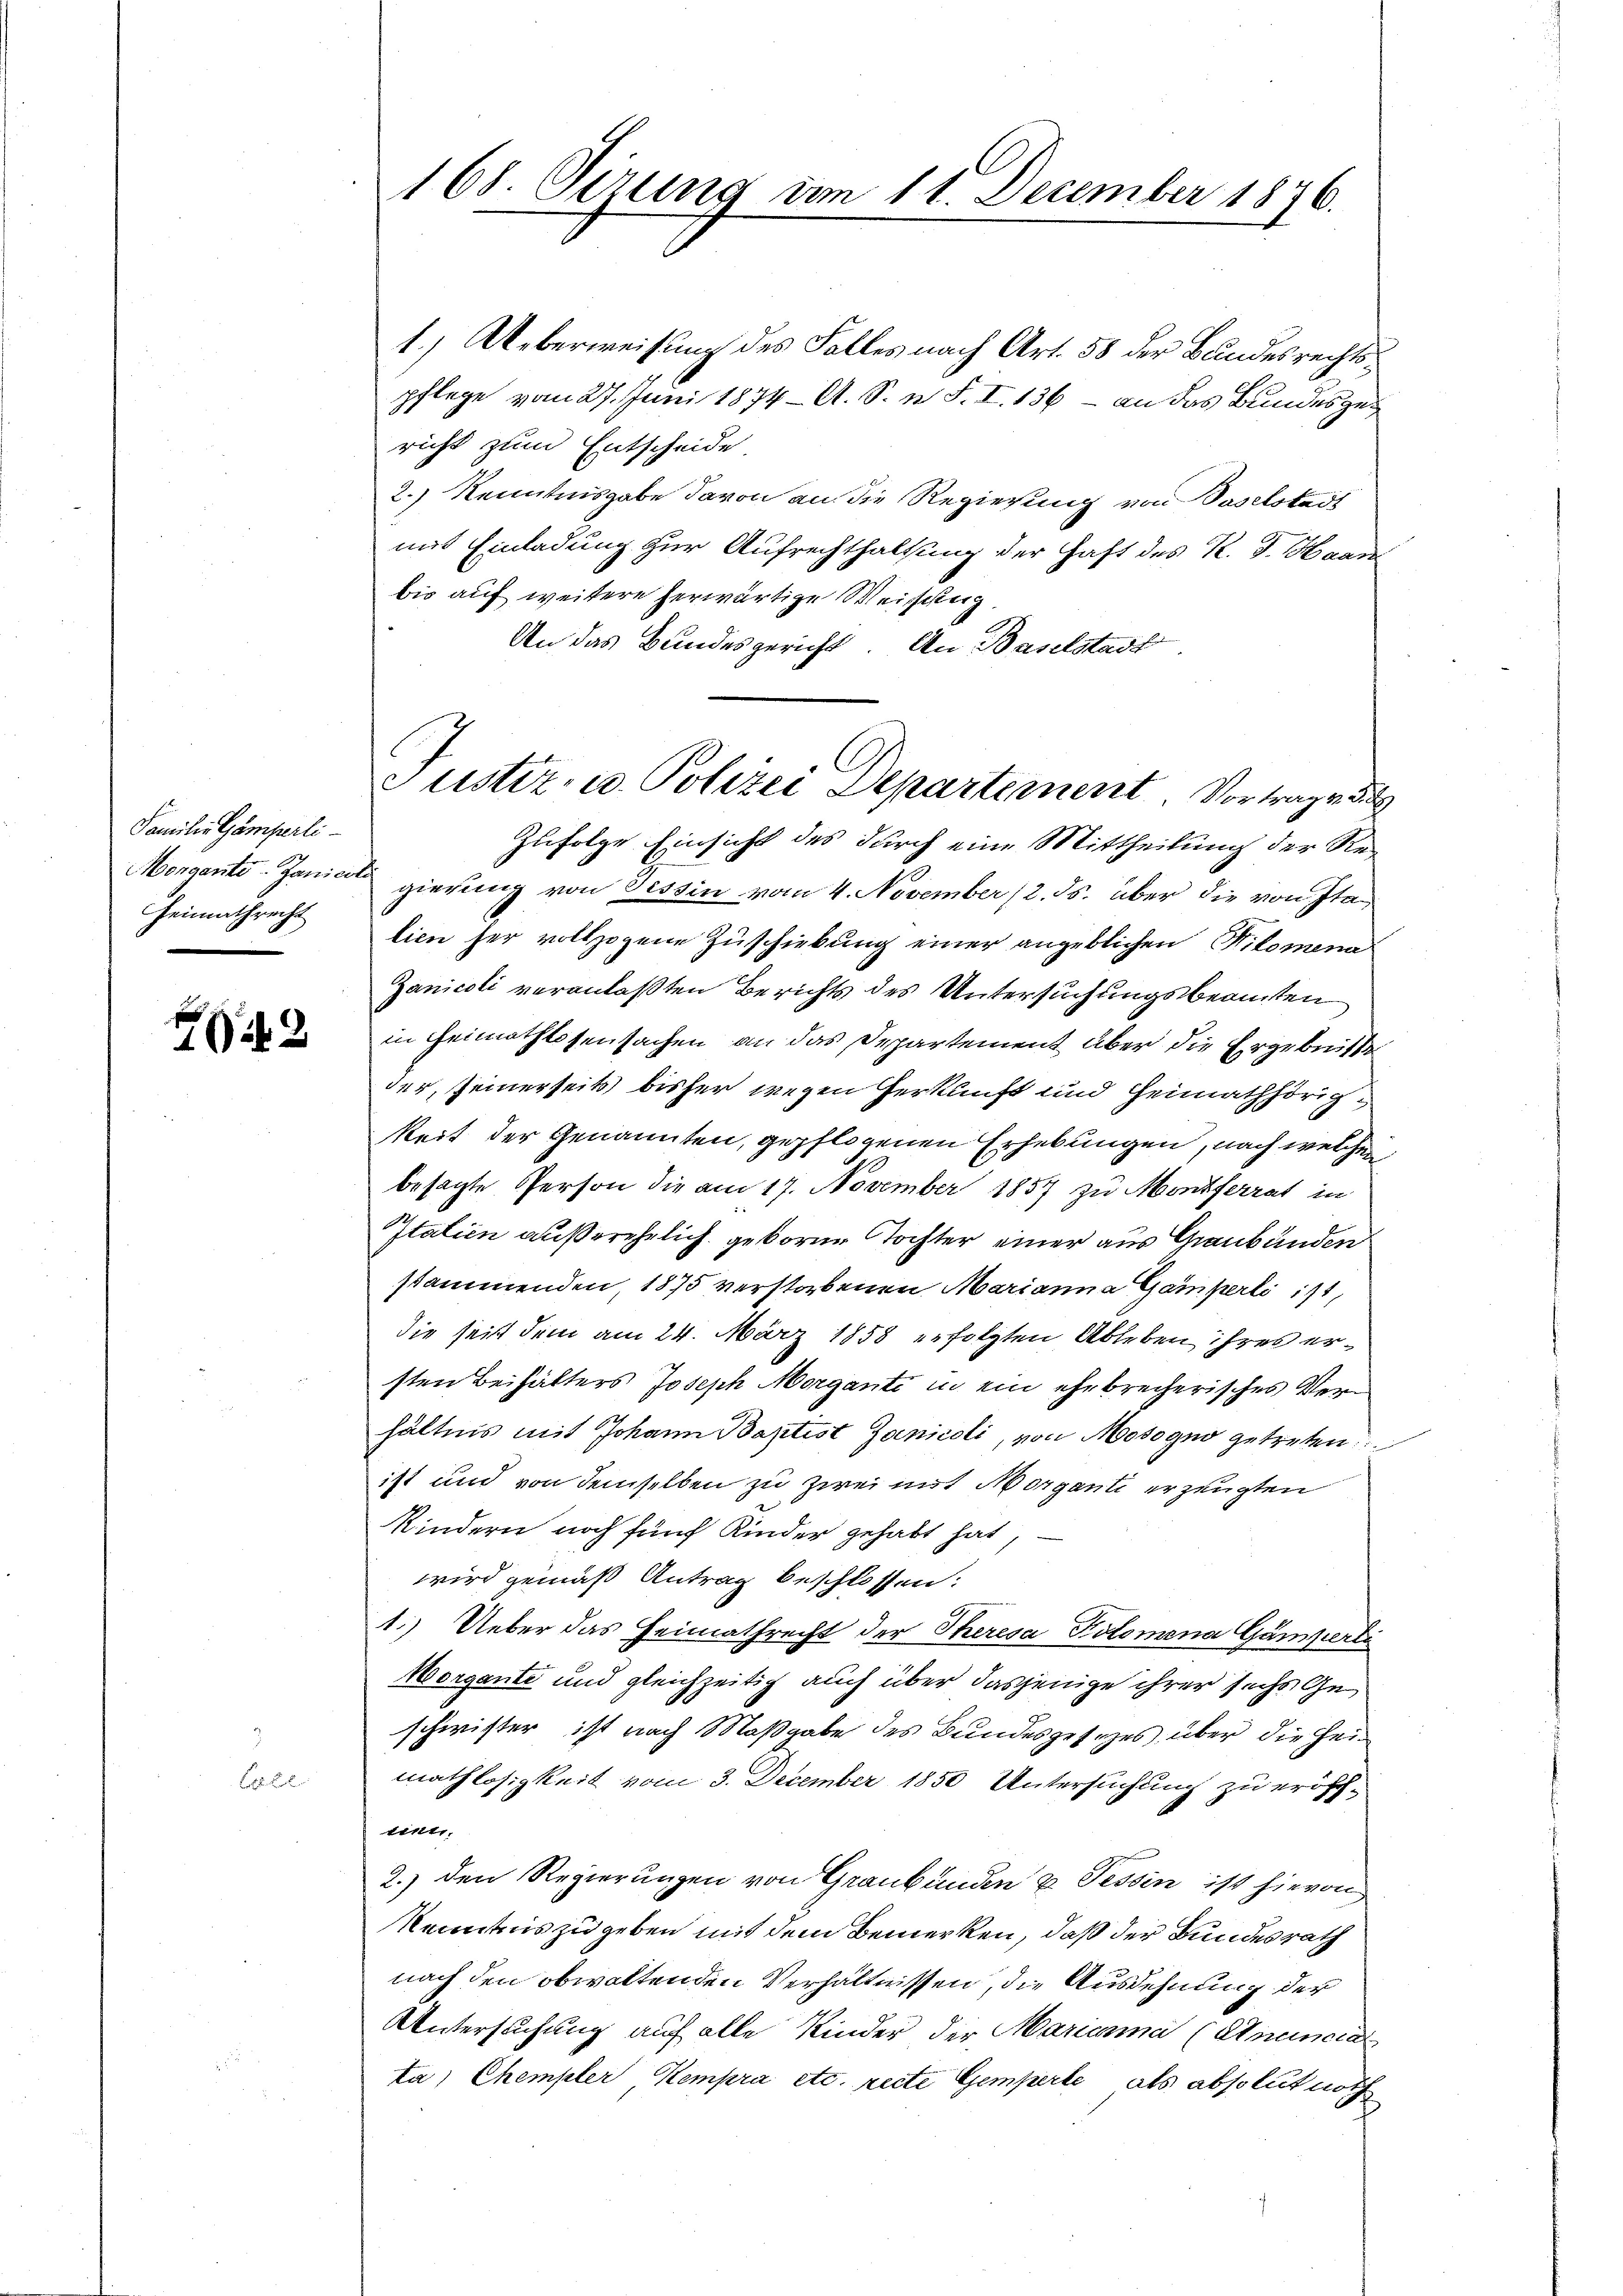
Familie Gamperliorgante. Janici
Heimathrecht

242

B

168. Sirung am 11. December 1876.

1.) Ueberweisung des Falles nach Art. 58 der Bundesrechtspflege vom 27. Juni 1874 — A. S. n. F. I. 136 - an das Bundesgericht zum Entscheide
2.) Kenntnisgabe davon an die Regierung von Vaselstadt
mit Einladung zur Aufrechthaltung der Haft des R. G. Haar
bis auf weitere herwärtige Weisung
An das Bundesgericht. An Baselstadt

Justiz- u. Polizei Departement Vortragen

Zufolge Einsicht des durch eine Mittheilung der Regierung von Tessin vom 4. November 12. ds. aber die von Italien her vollzogene Zuschiebung einer angeblichen Kilomena
Zanicoli veranlaßten Berichts des Untersuchungsbeamten
in Heimathlosensachen an das Departement über die Ergebnisse
der, seinerseits bisher wegen erkluft und Heimathörig
keit der Genannten, gepflogenen Erhebungen, nach welchen
besagte Person die am 17. November 1857 zu Montferrat in
Italien außerehelich geborne Tochter einer aus Graubünden
stammenden, 1875 verstorbenen Marianna Gamperli ist,
die seit dem am 24. März 1858 erfolgten Ableben ihres ersten Beihalters Joseph Morganti in ein ehebrecherisches Verhältnis mit Johann Baptist Ganicoli, von Modogno getreten
ist und von demselben zu zwei mit Morgante erzeugten
Kindern noch fünf Kinder gehabt hat,
wird gemäß Antrag beschlossen:
1.) Ueber das Heimathrecht der Theresa Polomena Gamperti
Morgante und gleichzeitig auch über dasjenige ihrer sechs Geschwister ist nach Maßgabe des Bundesgesezes über die Heimathlosigkeit vom 3. December 1850 Untersuchung zu eröfchtint,
2.) den Regierungen von Graubünden u. Tessin ist hievon
Kenntnis zu geben mit dem Bemerken, daß der Bundesrath
nach den obwaltenden Verhältnissen, die Ausdehnung der
Untersuchung auf alle Kinder der Marianna (Anuncia
ta; Chempler Kempra etc. recte Gemperte als absolut noth